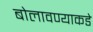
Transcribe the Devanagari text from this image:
बोलावण्याकडे